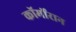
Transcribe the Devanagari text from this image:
कॉर्मोरान